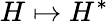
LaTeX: H\mapsto H^{*}